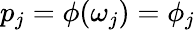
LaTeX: p_{j}=\phi(\omega_{j})=\phi_{j}